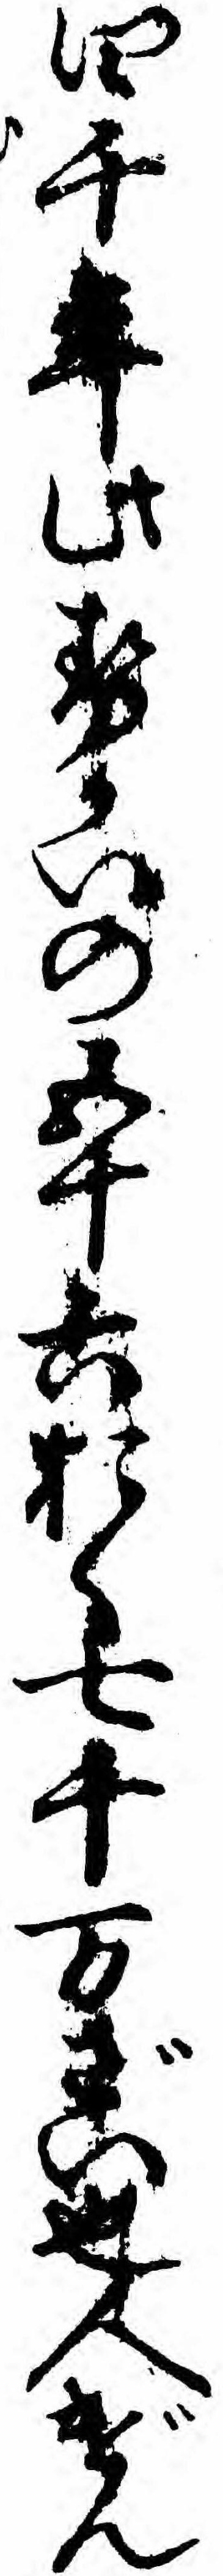
四千年此せかいの五十六おく七千万ざい也人げん